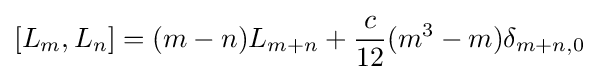
[L_{m},L_{n}]=(m-n)L_{m+n}+{\frac {c}{12}}(m^{3}-m)\delta _{m+n,0}